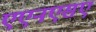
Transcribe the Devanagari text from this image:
एएनएसए